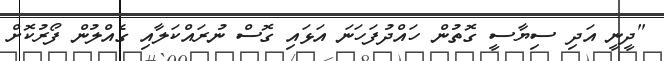
"ދީނީ އަދި ސިޔާސީ ގޮތުން ހައްދުފަހަނަ އަޅައި ގޮސް ނުރައްކަލާއި ގެއްލުން ފޯރުކޮށް